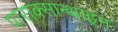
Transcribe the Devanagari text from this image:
पाराक्सान्थाइन